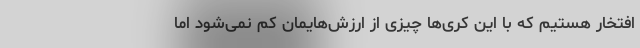
افتخار هستیم که با این کُری‌ها چیزی از ارزش‌هایمان کم نمی‌شود اما